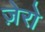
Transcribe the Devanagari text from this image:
ज़ेरो